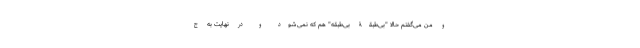
و من می‌گفتم حالا "بی‌طبقۀ بی‌طبقه" هم که نمی‌شود و در نهایت به ج